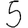
Digit: 5